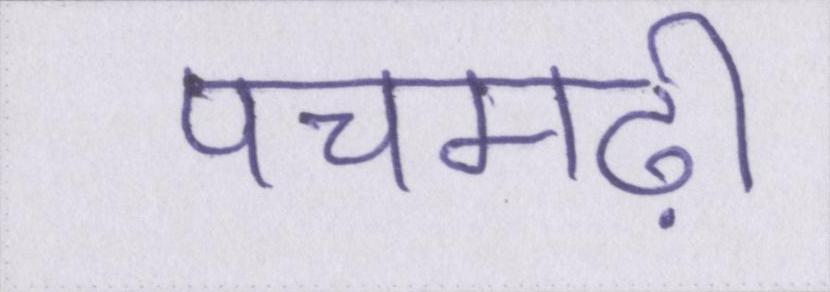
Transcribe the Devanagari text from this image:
पचमढ़ी